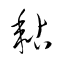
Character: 粘